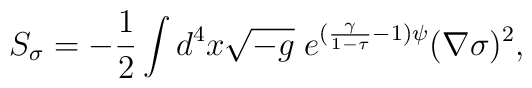
S_\sigma=-\frac{1}{2}\int d^4 x\sqrt{-g}\; e^{(\frac{\gamma}{1-\tau}-1)\psi}(\nabla\sigma)^2,